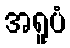
အရူပံ